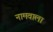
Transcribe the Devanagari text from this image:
नामवाला